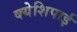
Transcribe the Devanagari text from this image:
क्येशिपाई